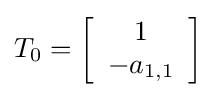
T_{0}=\left[{\begin{array}{c}1\\-a_{1,1}\end{array}}\right]